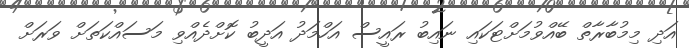
އަދި މިމުބާރާތް ބޭއްވުމަށްޓަކައި ނައިބު ރައީސް އަހްމަދު އަދީބު ކޮށްދެއްވި މަސައްކަތަށް ވަރަށް